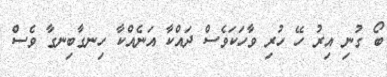
ބޯ ގުނި އިރު ހޭ ހުރި ވާހަކަވެސް ދައްކާ އަނެއްކާ ހިނގާބިނގާ ވެސް